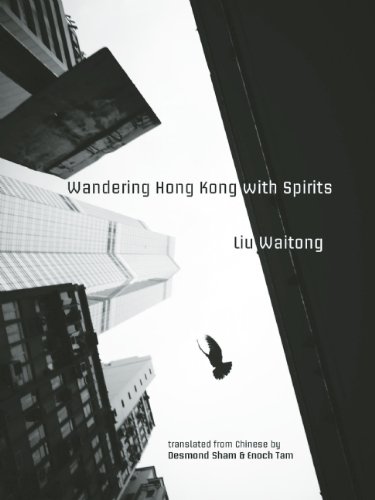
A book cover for Wandering Hong Kong with Spirits (Hong Kong Atlas) (English and Chinese Edition); Waitong Liu; Travel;